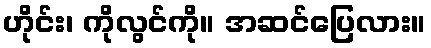
ဟိုင်း၊ ကိုလွင်ကို။ အဆင်ပြေလား။